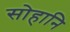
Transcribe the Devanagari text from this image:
सोहानि